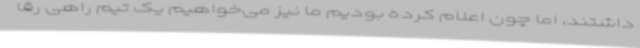
داشتند، اما چون اعلام کرده بودیم ما نیز می‌خواهیم یک تیم راهی رقا